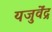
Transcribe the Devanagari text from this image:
यजुर्वेंद्र